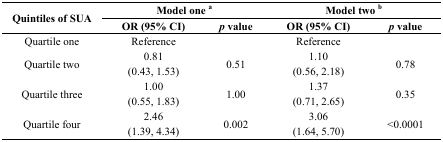
<table><thead><tr><td rowspan="2"><b>Quintiles of SUA</b></td><td colspan="2"><b>Model one <sup>a</sup></b></td><td colspan="2"><b>Model two <sup>b</sup></b></td></tr><tr><td><b>OR (95% CI)</b></td><td><b><i>p</i> value</b></td><td><b>OR (95% CI)</b></td><td><b><i>p</i> value</b></td></tr></thead><tbody><tr><td>Quartile one</td><td>Reference</td><td></td><td>Reference</td><td></td></tr><tr><td rowspan="2">Quartile two</td><td>0.81</td><td rowspan="2">0.51</td><td>1.10</td><td rowspan="2">0.78</td></tr><tr><td>(0.43, 1.53)</td><td>(0.56, 2.18)</td></tr><tr><td rowspan="2">Quartile three</td><td>1.00</td><td rowspan="2">1.00</td><td>1.37</td><td rowspan="2">0.35</td></tr><tr><td>(0.55, 1.83)</td><td>(0.71, 2.65)</td></tr><tr><td rowspan="2">Quartile four</td><td>2.46</td><td rowspan="2">0.002</td><td>3.06</td><td rowspan="2">&lt;0.0001</td></tr><tr><td>(1.39, 4.34)</td><td>(1.64, 5.70)</td></tr></tbody></table>